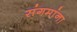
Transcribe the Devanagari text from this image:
संगमांना